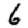
Digit: 6